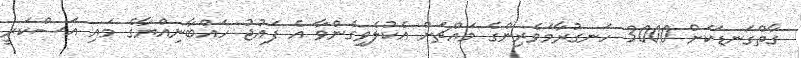
ގާތްގަނޑަކަށް 3000 ހަނގުރާމަވެރިންގެ މައްޗަށް އެކުލެވިގެންވާ އެ ފައުޖު ހައްބާނިއްޔާގެ މައި އަސްކަރީ